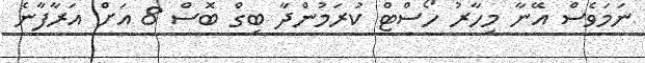
ނަމަވެސް އޭނާ މިހާރު ހޯސްޓް ކުރަމުންދާ ބިގް ބޮސް 8 އަށް އަރާފާނެ